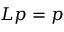
L p = p